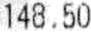
148.50